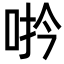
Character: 𪡆